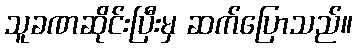
သူခဏဆိုင်းပြီးမှ ဆက်ပြောသည်။